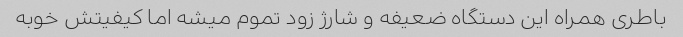
باطری همراه این دستگاه ضعیفه و شارژ زود تموم میشه اما کیفیتش خوبه